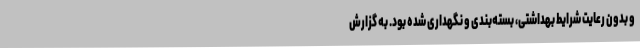
و بدون رعایت شرایط بهداشتی، بسته‌بندی و نگهداری شده بود. به گزارش